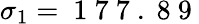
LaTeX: \sigma_{1}=\mathrm{~1~7~7~.~8~9~}